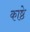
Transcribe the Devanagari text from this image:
काष्ठे